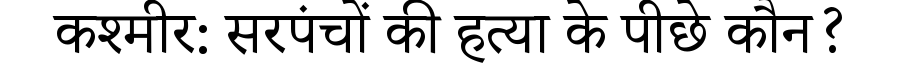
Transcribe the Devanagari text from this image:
कश्मीर: सरपंचों की हत्या के पीछे कौन?